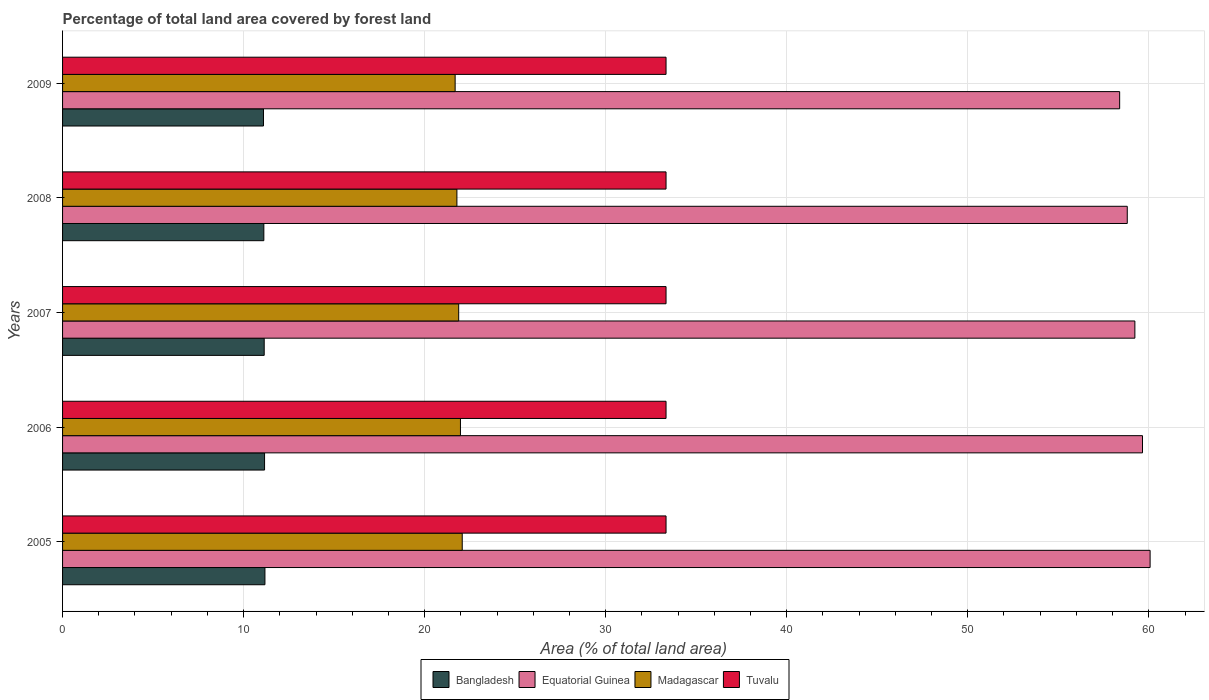
| Years | Bangladesh | Equatorial Guinea | Madagascar | Tuvalu |
 | --- | --- | --- | --- | --- |
 | 2005 | 11.2 | 60.1 | 22.1 | 33.3 |
 | 2006 | 11.2 | 59.7 | 22 | 33.3 |
 | 2007 | 11.1 | 59.2 | 21.9 | 33.3 |
 | 2008 | 11.1 | 58.8 | 21.8 | 33.3 |
 | 2009 | 11.1 | 58.4 | 21.7 | 33.3 |